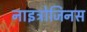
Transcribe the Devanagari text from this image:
नाइट्रोजिनस